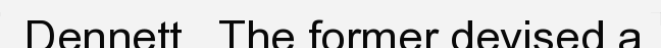
Dennett . The former devised a